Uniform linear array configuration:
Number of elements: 48
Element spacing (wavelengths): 0.25
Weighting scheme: hamming
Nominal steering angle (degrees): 60
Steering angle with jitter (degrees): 59.877
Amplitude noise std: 0.05
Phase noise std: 0.05

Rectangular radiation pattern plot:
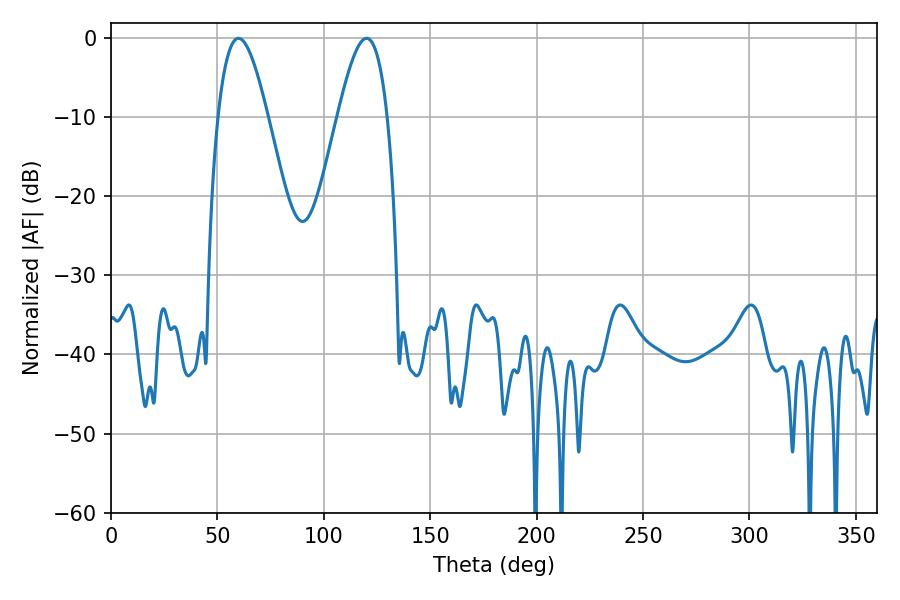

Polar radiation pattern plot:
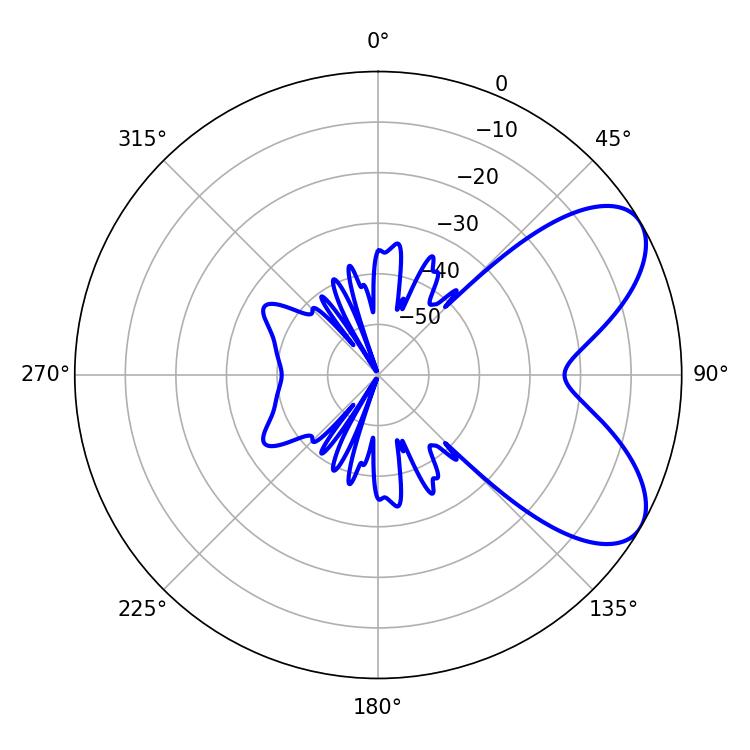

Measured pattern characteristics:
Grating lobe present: FALSE
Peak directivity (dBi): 6.772
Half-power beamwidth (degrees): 12.6
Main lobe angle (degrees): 59.94